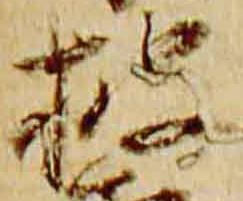
披